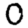
Digit: 0